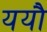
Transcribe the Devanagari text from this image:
ययौ